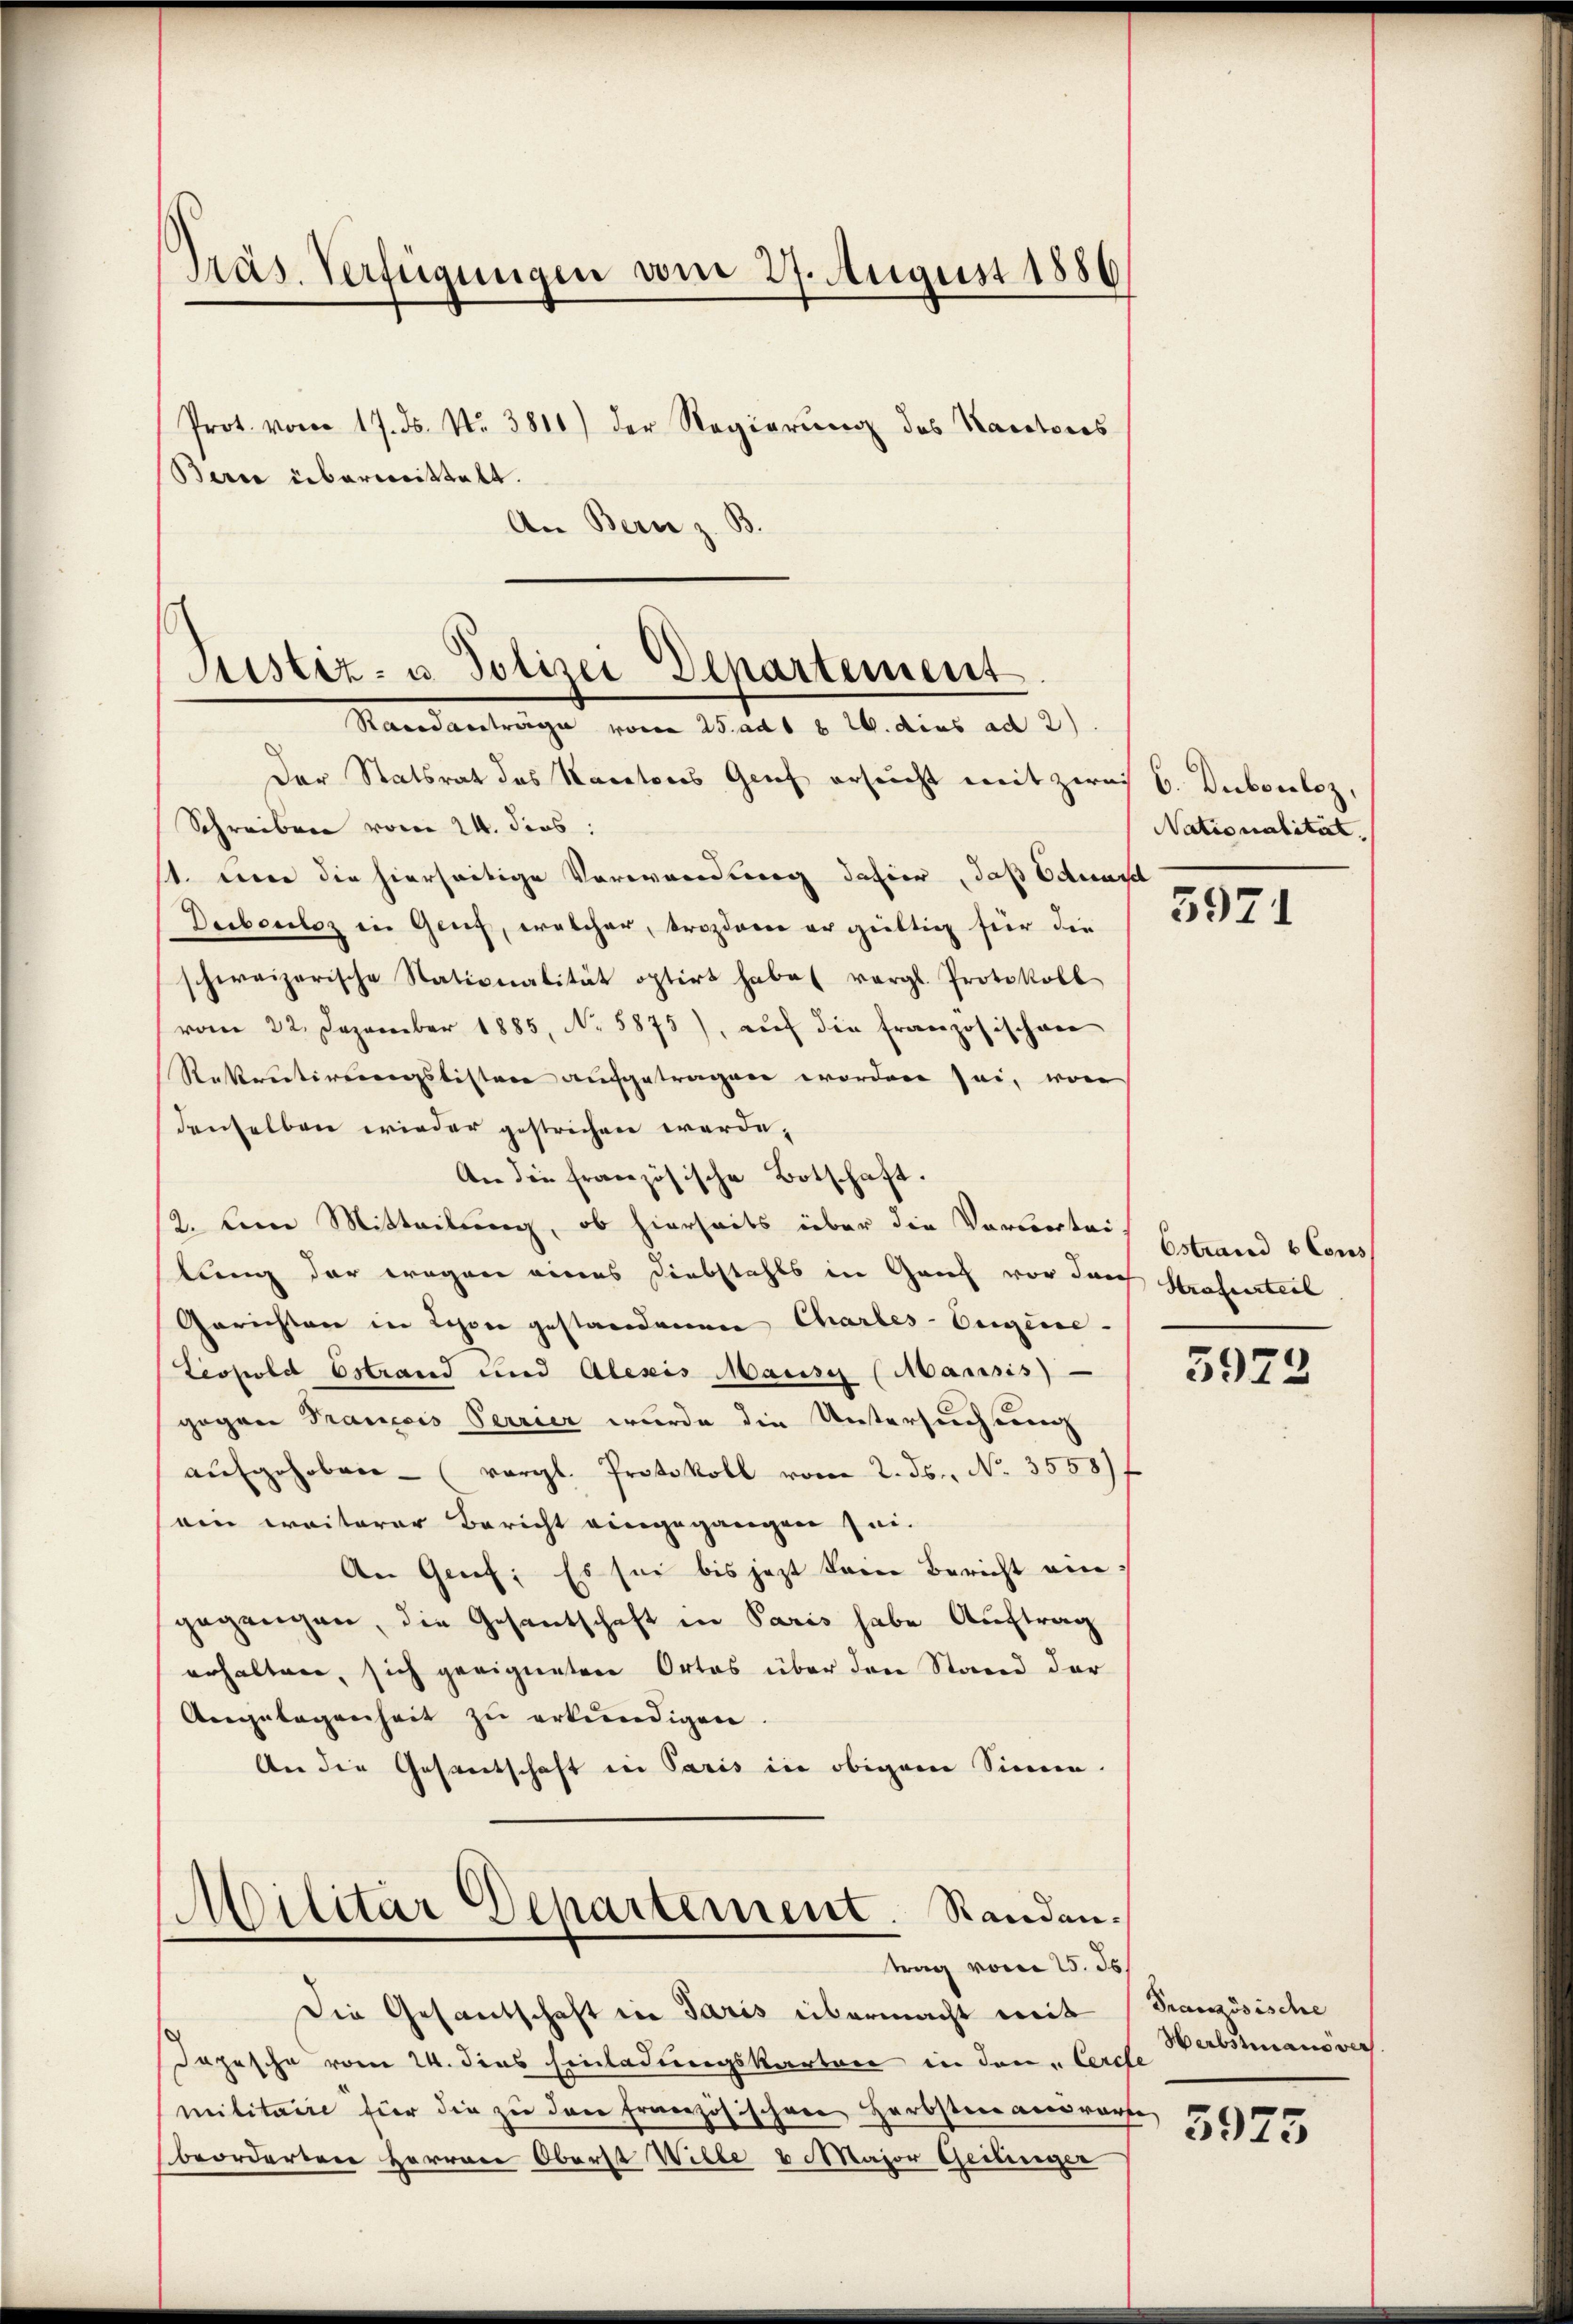
Präs. Verfügungen vom 27. August 1886

Berce überweittelt.
An Bern z. B.

Prot. vom 17. ds. Nr. 3810) der Regierŭng des Kantons

Der Statsrat des Kantons Genf ersucht mit zwai 6. Dubouloz,
Schreiben vom 24. dies
st mir die hierseitige Vorwandtag dahier, daß Eduard
Deibouloz in Genf, welcher, trozdame er gültig für die
schweizerische Nationalität optirt habe (vergl. Protokoll
vom 22. Dezember 1885, No. 5875), auf die Französischen
Rekretirungslisten aufgetragen worden sei, won
denselben wieder gestrichen werde.
An die französische Botschaft.
12. Die Mitteilung, ob hierseits über die Vorbentei
lung der wegen eines Diebstahls in Ganz vor durch Strafurteil
Gerichten in Schon gestandenen Charles-Eigene-
Leoserbet Estrand und Alexis Mausch (Mansis)
gegen Trancois Terrier wurde die Untersuchung
aufgehoben - (vergl. Protokoll vom 2. ds., No. 3558)
ein weiterer Bericht eingegangen sei.
An Genf; Es sei bis jetzt kein Bericht ein:
gegangen, die Gesantschaft in Paris habe Auftrag
erhalten, sich geeigneten Ortes über den Stand der
Angelegenheit zu erkundigen.
ler die Gesantschaft in Paris in obigem Sinne.

Justiz- u. Polizei Departement
Randantrage vom 25. ad 1 § 26. dies ad 2)

Militar Departement. Randantrag vom 25. ds.

Die Gesandschaft in Paris übermacht weit (Französische
Jopische vom 24. dies Einladungskarten in den Cerche
militarie für die zu den Französischen Herbsten anwarte
beorderten Herren Oberst Wille 3 Major Geilinger

Nationalität.

3971

Estrand Cons

5972

Herbshausver

5975